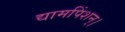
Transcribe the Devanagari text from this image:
द्यामपिंशन्।